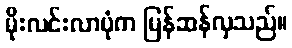
မိုးလင်းလာပုံက မြန်ဆန်လှသည်။